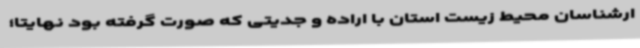
ارشناسان محیط زیست استان با اراده و جدیتی که صورت گرفته بود نهایتاً؛